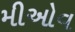
મીઓવ